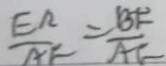
\frac { E A } { A E } = \frac { B F } { A E }